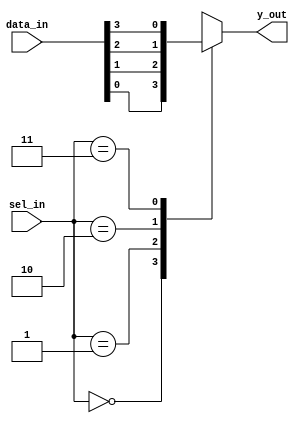
/*****************************************************************************
Description: 4 to 1 MUX using Behavioural abstraction
******************************************************************************/
 
module mux_4to1_behavioural(
	input 		[3:0]	data_in,
	input		[1:0]	sel_in,
	output	reg      	y_out
);

	always@(*)
	begin
		case(sel_in)
			2'b00	: y_out = data_in[0];
			2'b01	: y_out = data_in[1];
			2'b10	: y_out = data_in[2];
			2'b11	: y_out = data_in[3];
			default	: y_out = 1'b0;
		endcase
	end
	
endmodule